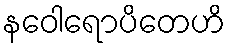
နဝေါရောပိတေဟိ